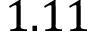
1 . 1 1